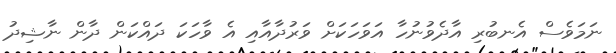
ނަމަވެސް އެނބުރި އާދެވުނުހާ އަވަހަކަށް ވަރުދާއާއި އެ ވާހަކަ ދައްކަން ދާން ނާޝިދު